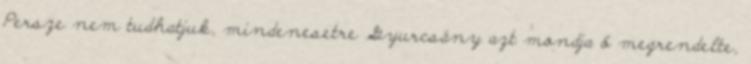
Persze nem tudhatjuk, mindenesetre Gyurcsány azt mondja ő megrendelte,